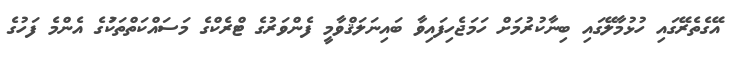
އޭގެތެރޭގައި ހުޅުމާލޭގައި ބިނާކުރުމަށް ހަމަޖެހިފައިވާ ބައިނަލަޤްވާމީ ފެންވަރުގެ ޓްރެކްގެ މަސައްކަތްތަކަުގެ އެންމެ ފަހުގެ